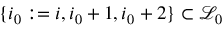
\{ i _ { 0 } : = i , i _ { 0 } + 1 , i _ { 0 } + 2 \} \subset \mathcal { L } _ { 0 }